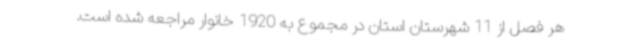
هر فصل از 11 شهرستان استان در مجموع به 1920 خانوار مراجعه شده است.